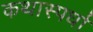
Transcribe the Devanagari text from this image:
कथास्पर्धा